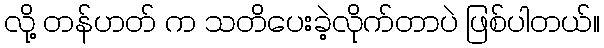
လို့ တန်ဟတ် က သတိပေးခဲ့လိုက်တာပဲ ဖြစ်ပါတယ်။